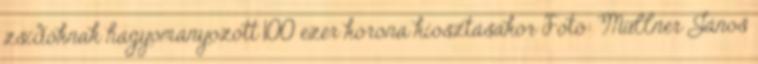
zsidóknak hagyományozott 100 ezer korona kiosztásakor Fotó: Müllner János